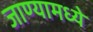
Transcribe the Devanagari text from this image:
जाण्यामध्ये